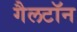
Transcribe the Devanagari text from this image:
गैलटॉन